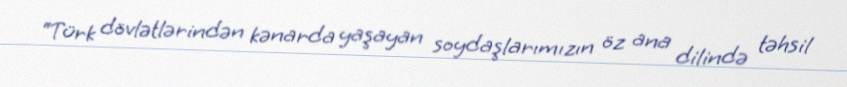
“Türk dövlətlərindən kənarda yaşayan soydaşlarımızın öz ana dilində təhsil